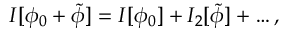
I [ \phi _ { 0 } + \tilde { \phi } ] = I [ \phi _ { 0 } ] + I _ { 2 } [ \tilde { \phi } ] + \ldots ,